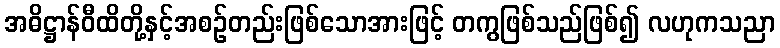
အဓိဋ္ဌာန်ဝီထိတို့နှင့်အစဉ်တည်းဖြစ်သောအားဖြင့် တကွဖြစ်သည်ဖြစ်၍ လဟုကသညာ